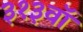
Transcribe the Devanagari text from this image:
३१३वॉ